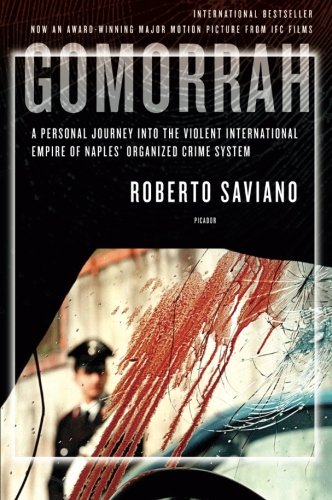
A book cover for Gomorrah: A Personal Journey into the Violent International Empire of Naples' Organized Crime System; Roberto Saviano; Biographies & Memoirs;